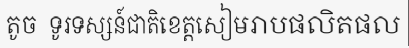
តូច  ទូរទស្សន៍ជាតិខេត្តសៀមរាបផលិតផល